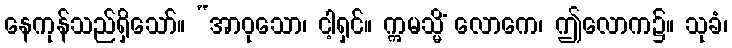
နေကုန်သည်ရှိသော်။ “အာဝုသော၊ ငါ့ရှင်။ ဣမသ္မိံ လောကေ၊ ဤလောက၌။ သုခံ၊